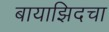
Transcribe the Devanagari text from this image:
बायाझिदचा